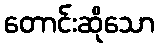
တောင်းဆိုသော